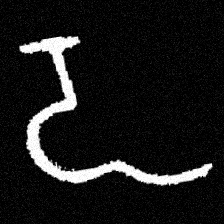
Pyu character \u2014 Myanmar letter: ဍ (romanized: dda)